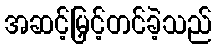
အဆင့်မြှင့်တင်ခဲ့သည်